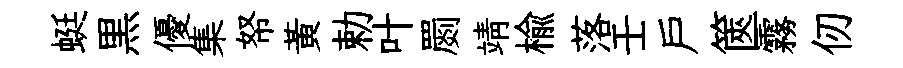
蜓黒優集帑黃勅叶罽靖楡落壬戸篋霧仞